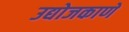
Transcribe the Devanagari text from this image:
उद्योजकाणे